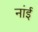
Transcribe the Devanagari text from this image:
नांई